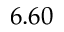
6 . 6 0